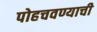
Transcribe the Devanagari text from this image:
पोहचवण्याची